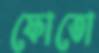
ফোতো